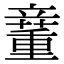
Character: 𥪿